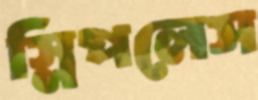
স্লিপলেস